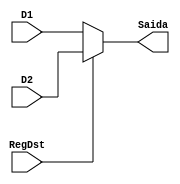
module MUX_Mem2Reg(D1,D2,RegDst,Saida);
	input [4:0] D1,D2;
	input RegDst;
	output reg [4:0] Saida;

	always@(RegDst or D1 or D2)
	begin
		if( RegDst == 1'B0 ) // D1||D2 0:1
		begin
			Saida = D1;
		end
			else
			begin
				Saida = D2;
			end
	end
endmodule